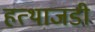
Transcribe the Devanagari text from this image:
हत्थाजडी